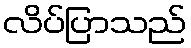
လိပ်ပြာသည်